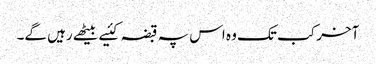
آخر کب تک وہ اس پہ قبضہ کئیے بیٹھے رہیں گے۔